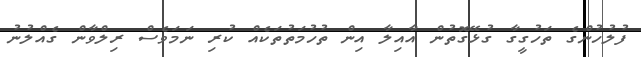
ފުލުހުންގެ ތަހުގީގާ ގުޅޭގޮތުން އާއިލާ އިން ތުހުމަތުތަކެއް ކުރި ނަމަވެސް ރިލްވާން ގެއްލުނު